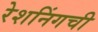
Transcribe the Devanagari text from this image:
रेशनिंगची